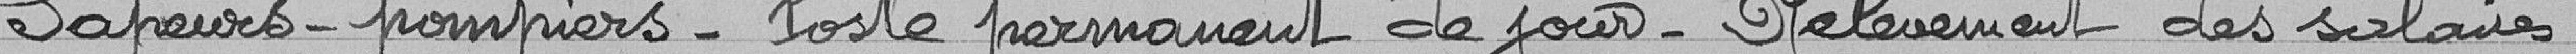
Sapeurs-pompiers - Poste permanent de jour - Relèvement des salaires